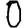
Digit: 0